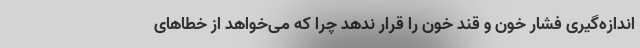
اندازه‌گیری فشار خون و قند خون را قرار ندهد چرا که می‌خواهد از خطاهای